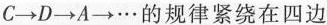
C \rightarrow D \rightarrow A \rightarrow …的规律紧绕在四边